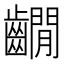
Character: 𪙩